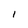
Character: I